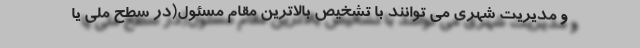
و مدیریت شهری می توانند با تشخیص بالاترین مقام مسئول(در سطح ملی یا